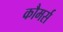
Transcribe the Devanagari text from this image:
कौमर्स